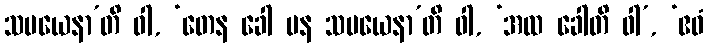
သမယေနာ’တိ ဝါ, ‘တေန ခေါ ပန သမယေနာ’တိ ဝါ, ‘အထ ခေါတိ ဝါ’, ‘ဧဝံ